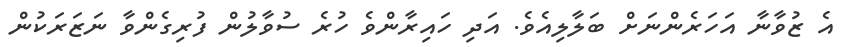
އެ ޒުވާނާ އަހަރެންނަށް ބަލާލިއެވެ. އަދި ހައިރާންވެ ހުރެ ސުވާލުން ފުރިގެންވާ ނަޒަރަކުން